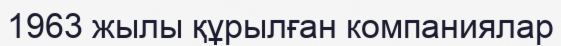
1963 жылы құрылған компаниялар